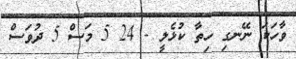
ވާހަކަ ނޭނގި ހިތާ ކުޅެލީ - 24 5 މަސް 5 ދުވަސް